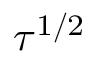
\tau ^ { 1 / 2 }